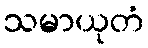
သမာယုတံ